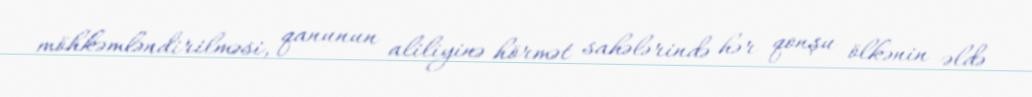
möhkəmləndirilməsi, qanunun aliliyinə hörmət sahələrində hər qonşu ölkənin əldə